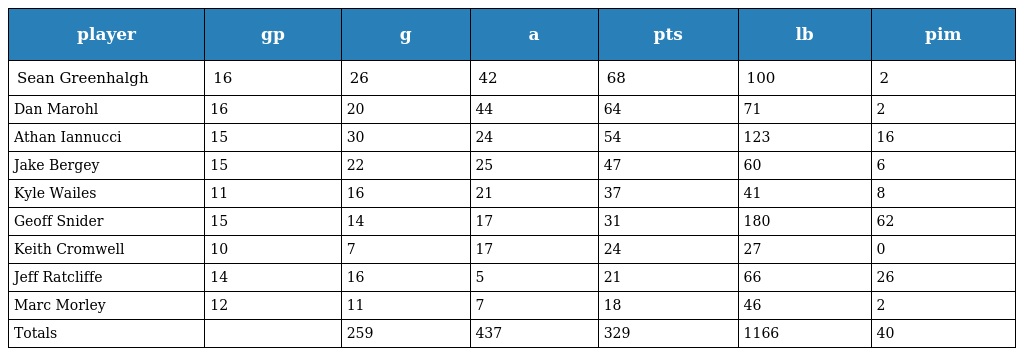
| player | gp | g | a | pts | lb | pim |
 | --- | --- | --- | --- | --- | --- | --- |
 | Sean Greenhalgh | 16 | 26 | 42 | 68 | 100 | 2 |
 | Dan Marohl | 16 | 20 | 44 | 64 | 71 | 2 |
 | Athan Iannucci | 15 | 30 | 24 | 54 | 123 | 16 |
 | Jake Bergey | 15 | 22 | 25 | 47 | 60 | 6 |
 | Kyle Wailes | 11 | 16 | 21 | 37 | 41 | 8 |
 | Geoff Snider | 15 | 14 | 17 | 31 | 180 | 62 |
 | Keith Cromwell | 10 | 7 | 17 | 24 | 27 | 0 |
 | Jeff Ratcliffe | 14 | 16 | 5 | 21 | 66 | 26 |
 | Marc Morley | 12 | 11 | 7 | 18 | 46 | 2 |
 | Totals |  | 259 | 437 | 329 | 1166 | 40 |